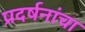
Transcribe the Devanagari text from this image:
प्रदर्षनांचा